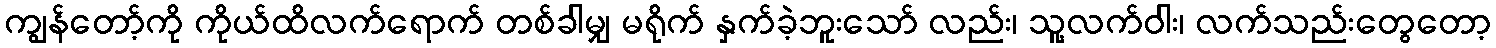
ကျွန်တော့်ကို ကိုယ်ထိလက်ရောက် တစ်ခါမျှ မရိုက် နှက်ခဲ့ဘူးသော် လည်း၊ သူ့လက်ဝါး၊ လက်သည်းတွေတော့